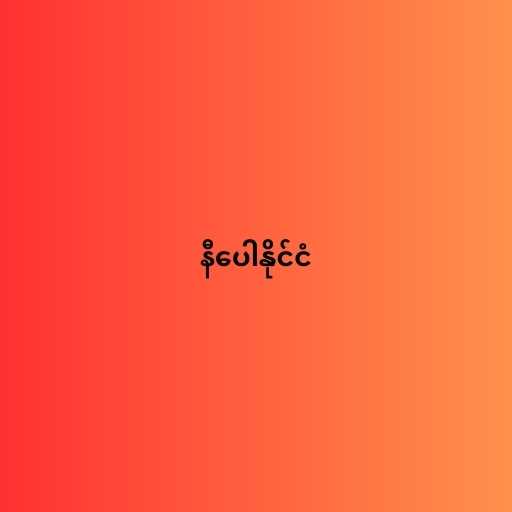
နီပေါနိုင်ငံ